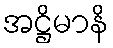
အဋ္ဌိမာနိ